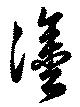
塗